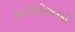
આઇસીએઓ